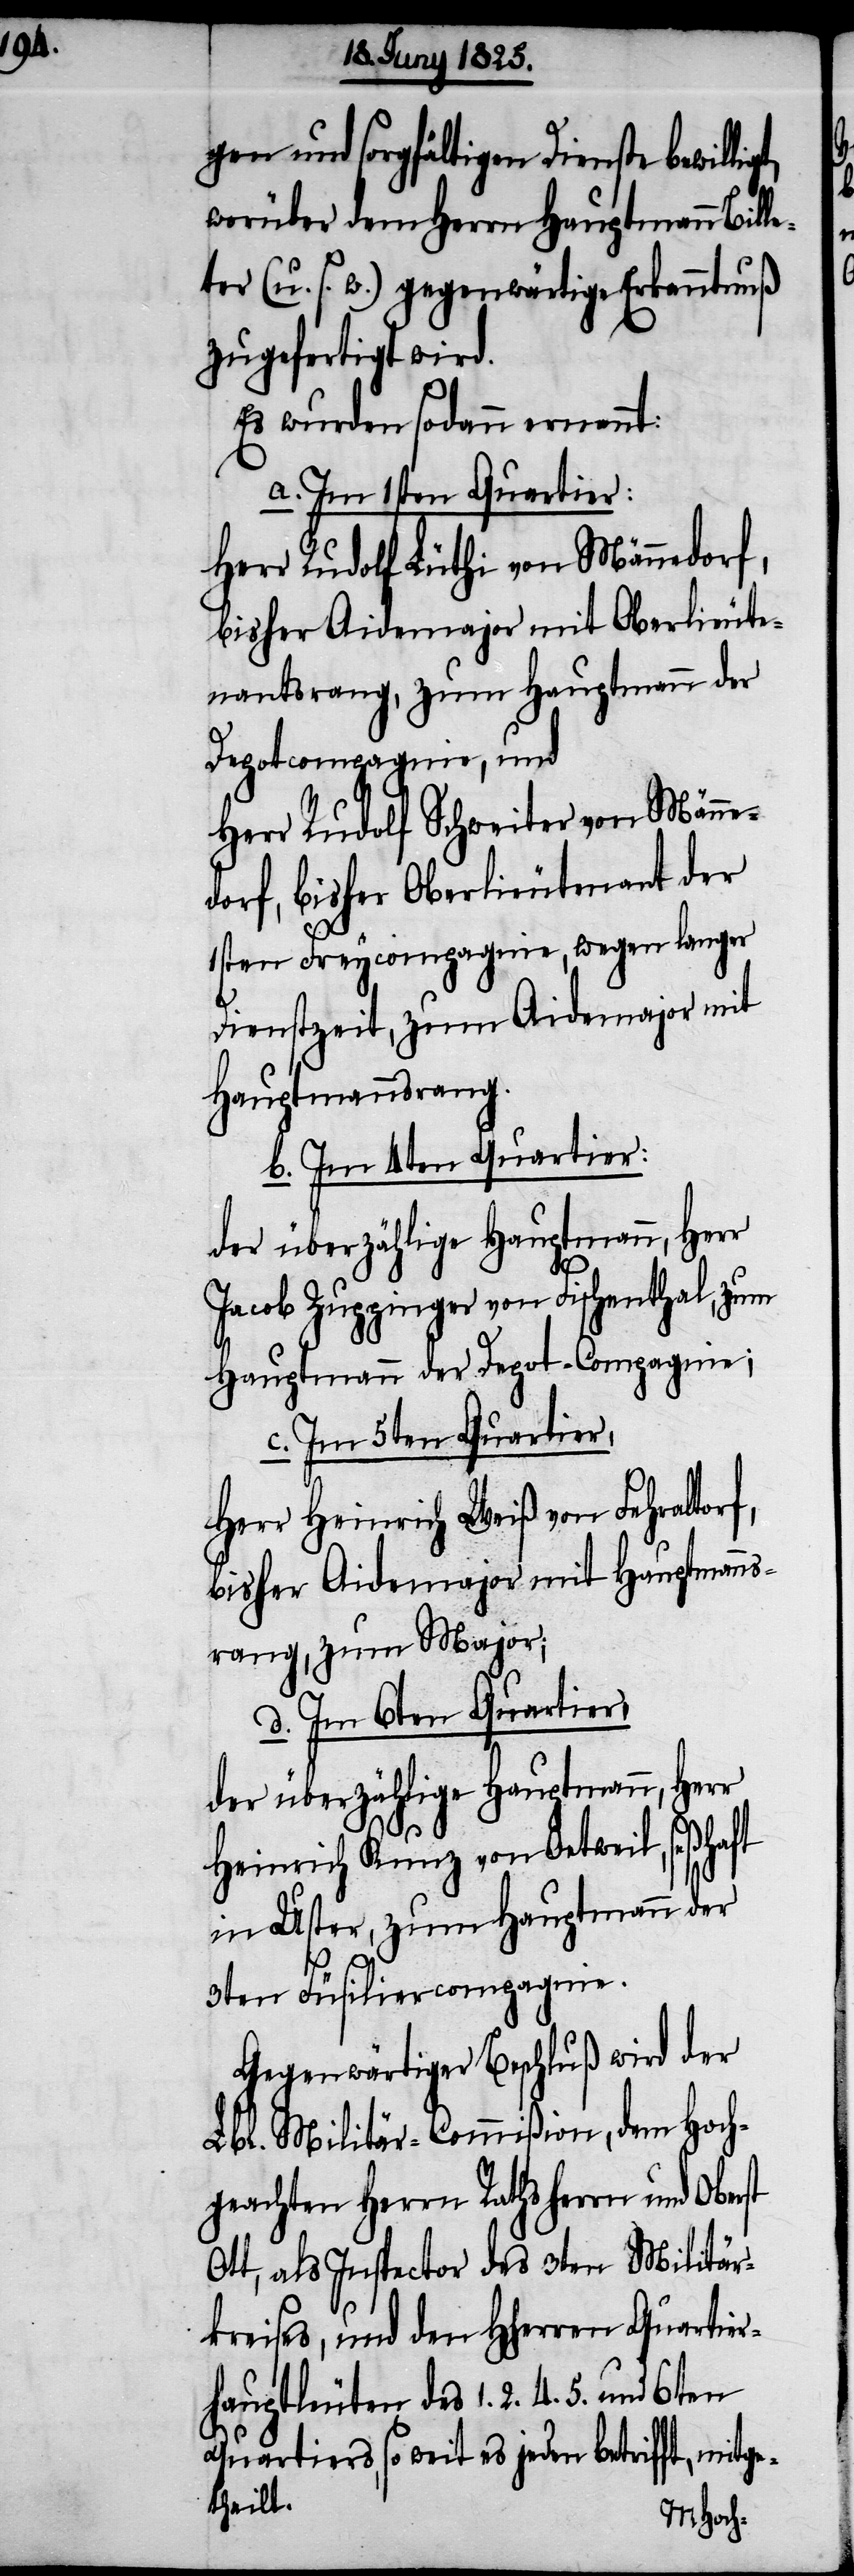
gt,

gen und sorgfältigen Dienste bewilli¬
worüber dem Herrn Hauptmann Bille¬
ter (u. s. w.) gegenwärtige Erkanntnuß
zugefertigt wird.
Es wurden sodann ernennt:
a. Im 1sten Quartier:
Herr Rudolf Lüthi von Männedorf,
bisher Aidemajor mit Oberlieute¬
nantsrang, zum Hauptmann der
Depotcompagnie, und
Herr Rudolf Schweiter von Männe¬
dorf, bisher Oberlieutenant der
1sten Freycompagnie, wegen langer
Dienstzeit, zum Aidemajor mit
Hauptmannsrang.
b. Im 4ten Quartier:
Jacob Zuppinger von Fischenthal, zum
Hauptmann der Depot-Compagnie;
c. Im 5ten Quartier,
Herr Heinrich Weiß von Fehraltorf,
bisher Aidemajor mit Hauptmanns¬
rang, zum Major;
d. Im 6ten Quartier,
der überzählige Hauptmann, Herr
Heinrich Kunz von Oetweil, seßhaft
in Uster, zum Hauptmann der
3ten Füsilircompagnie.
Gegenwärtiger Beschluß wird der
Lbl. Militär-Commißion, dem Hoch¬
geachten Herrn Rathsherrn und Oberst
Ott, und den HHerrn Quartier¬
hauptleuten des 1. 2. 4. 5. und
Quartiers, so weit es jeden betrifft, mitge¬
theilt.